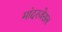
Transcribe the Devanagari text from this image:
मांदरजेराल